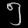
Digit: ၅